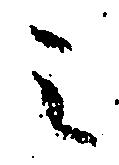
之